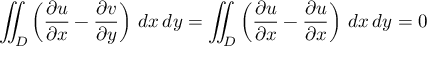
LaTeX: \iint _ { D } \left( { \frac { \partial u } { \partial x } } - { \frac { \partial v } { \partial y } } \right) \, d x \, d y = \iint _ { D } \left( { \frac { \partial u } { \partial x } } - { \frac { \partial u } { \partial x } } \right) \, d x \, d y = 0